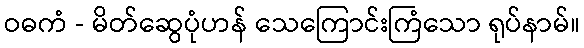
ဝဓကံ - မိတ်ဆွေပုံဟန် သေကြောင်းကြံသော ရုပ်နာမ်။